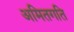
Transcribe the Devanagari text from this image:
अमितगति